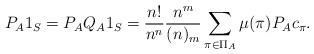
\begin{align*} P_A 1_S = P_A Q_A 1_S = \frac{n!}{n^n} \frac{n^m}{(n)_m} \sum_{\pi \in \Pi_A} \mu(\pi) P_A c_\pi. \end{align*}